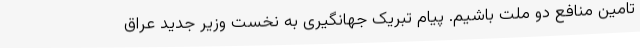
تامین منافع دو ملت باشیم. پیام تبریک جهانگیری به نخست وزیر جدید عراق